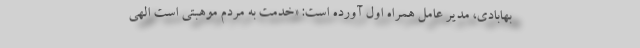
بهابادی، مدیر عامل همراه اول آورده است: «خدمت به مردم موهبتی است الهی